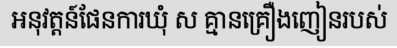
អនុវត្តន៍ផែនការឃុំ ស គ្មានគ្រឿងញៀនរបស់